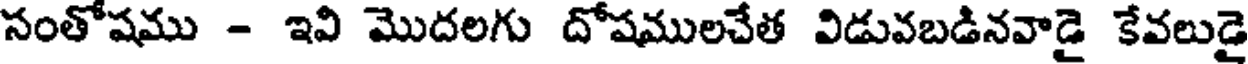
సంతోషము - ఇవి మొదలగు దోషములచేత విడువబడినవాడై కేవలుడై